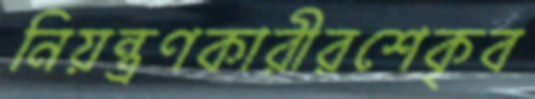
নিয়ন্ত্রণকারীরশেকৃব